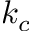
k _ { c }